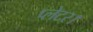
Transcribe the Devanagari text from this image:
प्लेटर।